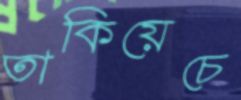
তাকিয়েচে